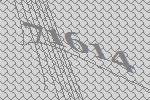
71614